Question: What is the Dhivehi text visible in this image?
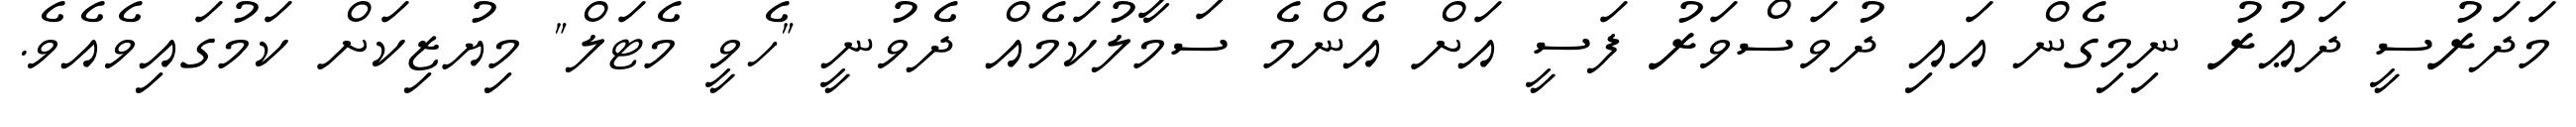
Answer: މަދަރުސީ ދަޢުރު ނިމިގެން އައި ދުވަސްވަރު ފަސީ އަށް އެންމެ ސަމާލުކަމެއް ދެވުނީ "ހެވީ މެޓަލް" މިޔުޒިކަށް ކަމުގައިވެއެވެ.